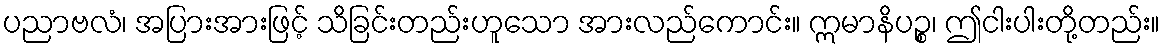
ပညာဗလံ၊ အပြားအားဖြင့် သိခြင်းတည်းဟူသော အားလည်ကောင်း။ ဣမာနိပဉ္စ၊ ဤငါးပါးတို့တည်း။